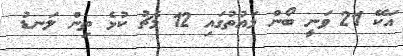
އަކޭ 21 ވަނީ ބޯން މައުތުގައި 12 މެޗު ކުޅެ ތިން ލަނޑު